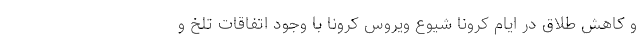
و کاهش طلاق در ایام کرونا شیوع ویروس کرونا با وجود اتفاقات تلخ و